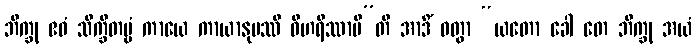
ဘိက္ခု ဧဝံ သိက္ခိတဗ္ဗံ ကာယေ ကာယာနုပဿီ ဝိဟရိဿာမီ”တိ အာဒိံ ဝတွာ “ယတော ခေါ တေ ဘိက္ခု အယံ